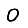
Digit: 0